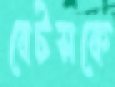
বেটসকে